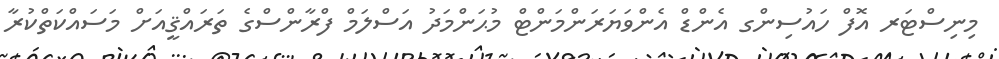
މިނިސްޓަރ އޮފް ހައުސިންގ އެންޑް އެންވަޔަރަންމަންޓް މުޙަންމަދު އަސްލަމް ފްރާންސްގެ ތަރައްޤީއަށް މަސައްކަތްކުރާ